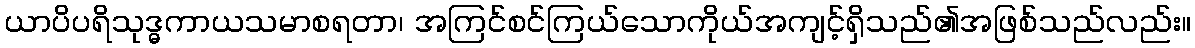
ယာပိပရိသုဒ္ဓကာယသမာစရတာ၊ အကြင်စင်ကြယ်သောကိုယ်အကျင့်ရှိသည်၏အဖြစ်သည်လည်း။